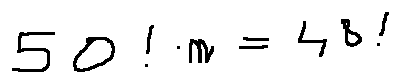
5 0 ! \cdot n = 4 8 !